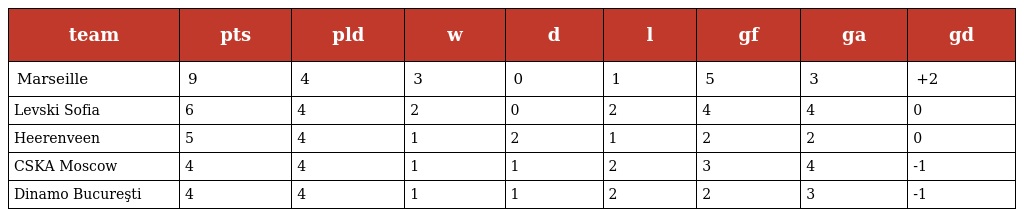
| team | pts | pld | w | d | l | gf | ga | gd |
 | --- | --- | --- | --- | --- | --- | --- | --- | --- |
 | Marseille | 9 | 4 | 3 | 0 | 1 | 5 | 3 | +2 |
 | Levski Sofia | 6 | 4 | 2 | 0 | 2 | 4 | 4 | 0 |
 | Heerenveen | 5 | 4 | 1 | 2 | 1 | 2 | 2 | 0 |
 | CSKA Moscow | 4 | 4 | 1 | 1 | 2 | 3 | 4 | -1 |
 | Dinamo Bucureşti | 4 | 4 | 1 | 1 | 2 | 2 | 3 | -1 |